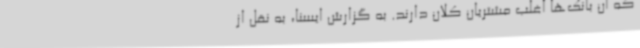
که آن‌ بانک‌ها اغلب مشتریان کلان دارند. به گزارش ایسنا، به نقل از